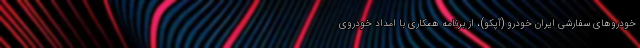
خودروهای سفارشی ایران خودرو (آپکو)، از برنامه همکاری با امداد خودروی